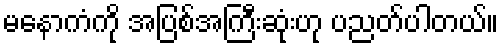
မနောကံကို အပြစ်အကြီးဆုံးဟု ပညတ်ပါတယ်။